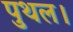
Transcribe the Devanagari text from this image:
पुथल।